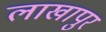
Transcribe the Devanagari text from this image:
लाखापुर